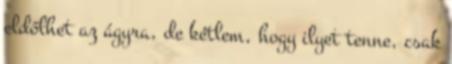
eldőlhet az ágyra, de kétlem, hogy ilyet tenne, csak